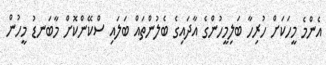
އެންމެ މީހަކަށް ހުރިހާ ބަލިމީހުންގެ އާދައިގެ ބެލުންތައް ބަލައި ސްކޭންކޮށް މާބަނޑު މީހުން